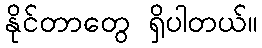
နိုင်တာတွေ ရှိပါတယ်။